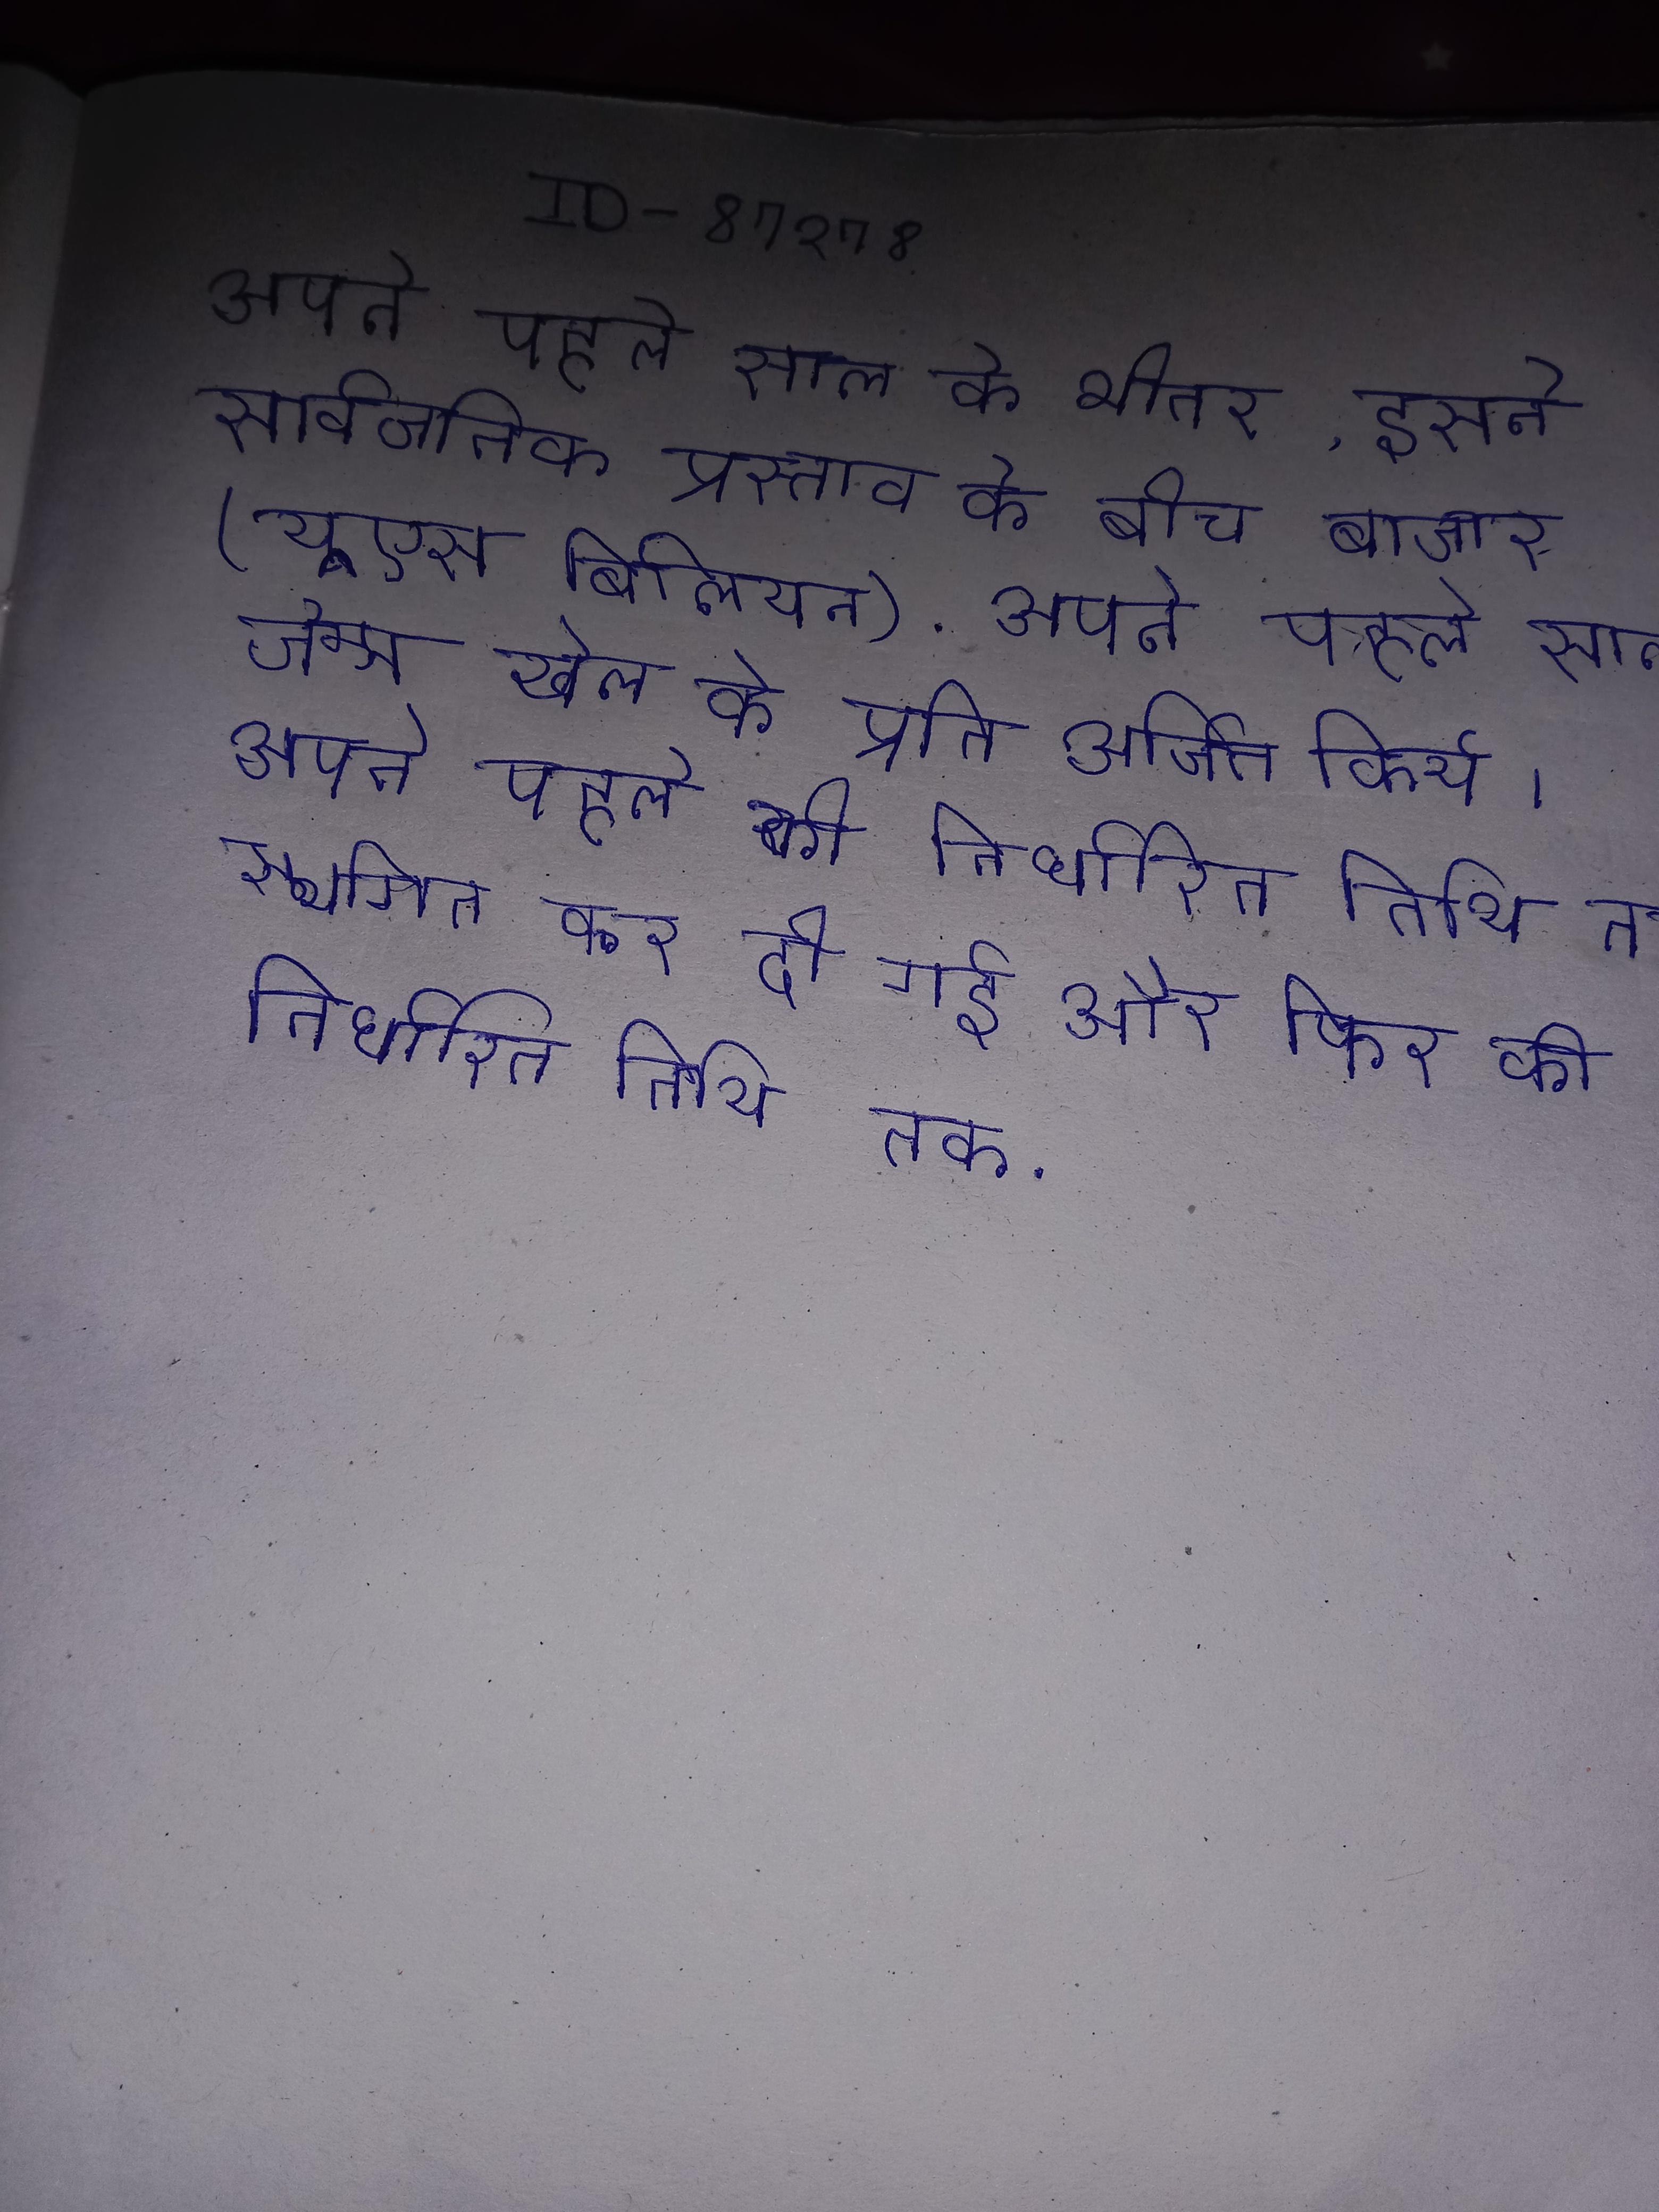
अपने पहले साल के भीतर, इसने सार्वजनिक प्रस्ताव के बीच बाजार (यूएस बिलियन) हासिल किया । अपने पहले साल एक पेशेवर के रूप मुकाबले किये . अपने पहले साल जेम्स खेल के प्रति अर्जित किये । अपने पहले साल से तक मुनाफा बनाने की निर्धारित तिथि तक स्थगित कर दी गई और फिर की दूसरी छमाही तक .